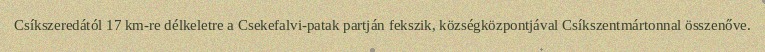
Csíkszeredától 17 km-re délkeletre a Csekefalvi-patak partján fekszik, községközpontjával Csíkszentmártonnal összenőve.